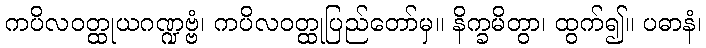
ကပိလဝတ္ထုယဂဏ္ဍဗ္ဗံ၊ ကပိလဝတ္ထုပြည်တော်မှ။ နိက္ခမိတွာ၊ ထွက်၍။ ပဓာနံ၊